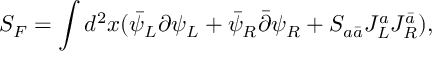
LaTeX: S _ { F } = \int d ^ { 2 } x ( \bar { \psi } _ { L } \partial \psi _ { L } + \bar { \psi } _ { R } \bar { \partial } \psi _ { R } + S _ { a \bar { a } } J _ { L } ^ { a } J _ { R } ^ { \bar { a } } ) ,